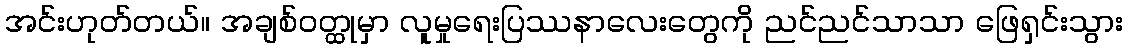
အင်းဟုတ်တယ်။ အချစ်ဝတ္ထုမှာ လူမှုရေးပြဿနာလေးတွေကို ညင်ညင်သာသာ ဖြေရှင်းသွား